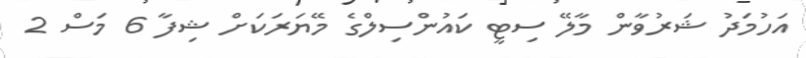
އަހުމަދު ޝަރުވާން މާލޭ ސިޓީ ކައުންސިލްގެ މޭޔަރަކަށް ޝިފާ 6 މަސް 2